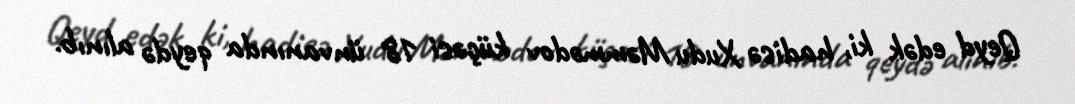
Qeyd edək ki, hadisə Xudu Məmmədov küçəsi 18 ünvanında qeydə alınıb.